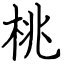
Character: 桃